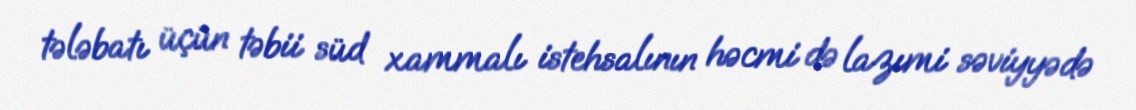
tələbatı üçün təbii süd xammalı istehsalının həcmi də lazımi səviyyədə